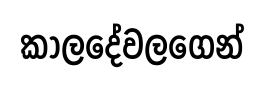
කාලදේවලගෙන්